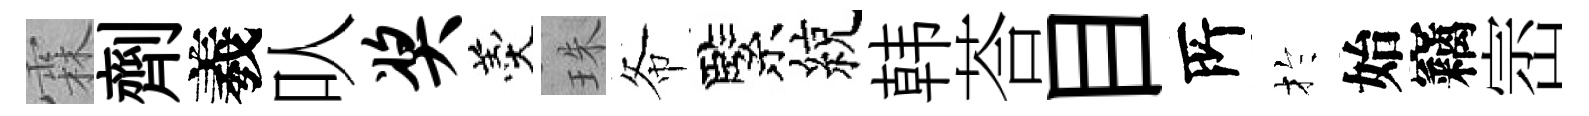
霖劑羲㕥奖羹珠𢁙緊綂韩荅目𠩄扵始竊崈